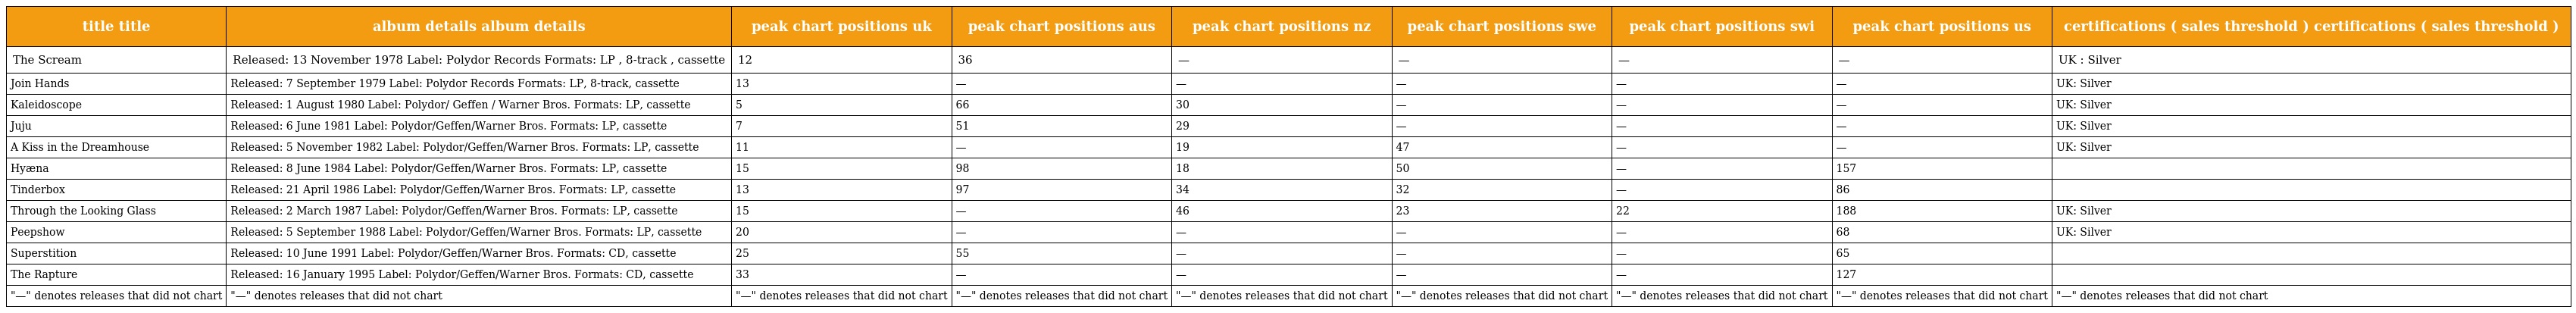
| title title | album details album details | peak chart positions uk | peak chart positions aus | peak chart positions nz | peak chart positions swe | peak chart positions swi | peak chart positions us | certifications ( sales threshold ) certifications ( sales threshold ) |
 | --- | --- | --- | --- | --- | --- | --- | --- | --- |
 | The Scream | Released: 13 November 1978 Label: Polydor Records Formats: LP , 8-track , cassette | 12 | 36 | — | — | — | — | UK : Silver |
 | Join Hands | Released: 7 September 1979 Label: Polydor Records Formats: LP, 8-track, cassette | 13 | — | — | — | — | — | UK: Silver |
 | Kaleidoscope | Released: 1 August 1980 Label: Polydor/ Geffen / Warner Bros. Formats: LP, cassette | 5 | 66 | 30 | — | — | — | UK: Silver |
 | Juju | Released: 6 June 1981 Label: Polydor/Geffen/Warner Bros. Formats: LP, cassette | 7 | 51 | 29 | — | — | — | UK: Silver |
 | A Kiss in the Dreamhouse | Released: 5 November 1982 Label: Polydor/Geffen/Warner Bros. Formats: LP, cassette | 11 | — | 19 | 47 | — | — | UK: Silver |
 | Hyæna | Released: 8 June 1984 Label: Polydor/Geffen/Warner Bros. Formats: LP, cassette | 15 | 98 | 18 | 50 | — | 157 |  |
 | Tinderbox | Released: 21 April 1986 Label: Polydor/Geffen/Warner Bros. Formats: LP, cassette | 13 | 97 | 34 | 32 | — | 86 |  |
 | Through the Looking Glass | Released: 2 March 1987 Label: Polydor/Geffen/Warner Bros. Formats: LP, cassette | 15 | — | 46 | 23 | 22 | 188 | UK: Silver |
 | Peepshow | Released: 5 September 1988 Label: Polydor/Geffen/Warner Bros. Formats: LP, cassette | 20 | — | — | — | — | 68 | UK: Silver |
 | Superstition | Released: 10 June 1991 Label: Polydor/Geffen/Warner Bros. Formats: CD, cassette | 25 | 55 | — | — | — | 65 |  |
 | The Rapture | Released: 16 January 1995 Label: Polydor/Geffen/Warner Bros. Formats: CD, cassette | 33 | — | — | — | — | 127 |  |
 | "—" denotes releases that did not chart | "—" denotes releases that did not chart | "—" denotes releases that did not chart | "—" denotes releases that did not chart | "—" denotes releases that did not chart | "—" denotes releases that did not chart | "—" denotes releases that did not chart | "—" denotes releases that did not chart | "—" denotes releases that did not chart |